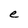
Character: e